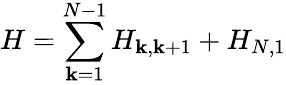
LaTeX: H=\sum_{\mathbf{k}=1}^{N-1}H_{\mathbf{k},\mathbf{k}+1}+H_{N,1}